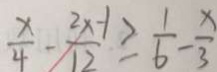
\frac { x } { 4 } - \frac { 2 x - 1 } { 1 2 } \geq \frac { 1 } { 6 } - \frac { x } { 3 }